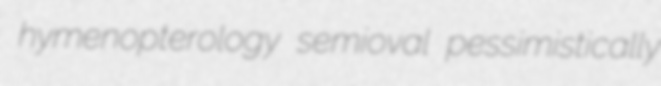
hymenopterology semioval pessimistically